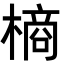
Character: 𭫶